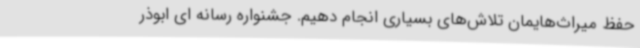
حفظ میراث‌هایمان تلاش‌های بسیاری انجام دهیم. جشنواره رسانه ای ابوذر